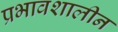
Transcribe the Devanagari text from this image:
प्रभावशालीन